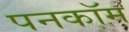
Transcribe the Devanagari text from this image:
पनकॉम